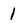
Character: 1